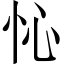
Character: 㤈